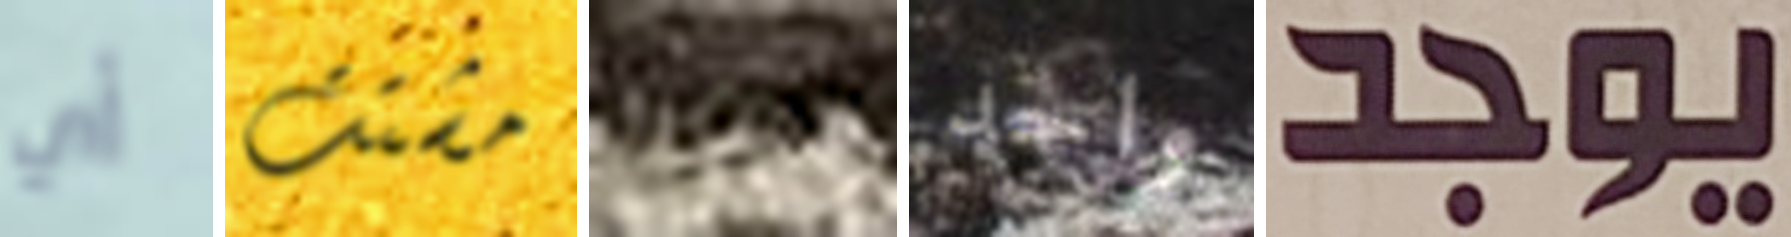
أي مشتت البحث واحد يوجد